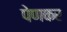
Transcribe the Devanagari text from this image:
पेणकर